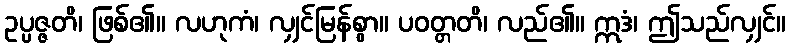
ဥပ္ပဇ္ဇတိ၊ ဖြစ်၏။ လဟုကံ၊ လျှင်မြန်စွာ။ ပဝတ္တတိ၊ လည်၏။ ဣဒံ၊ ဤသည်လျှင်။